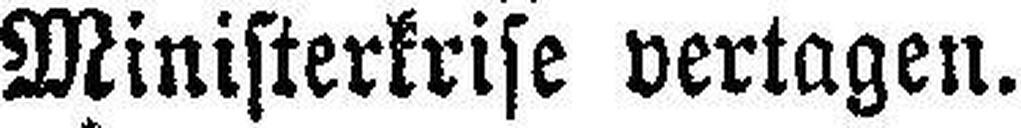
Ministerkrise vertagen.